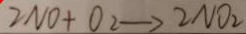
2 N O + O _ { 2 } \rightarrow 2 N O _ { 2 }